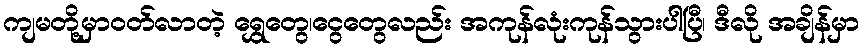
ကျမတို့မှာဝတ်လာတဲ့ ရွှေတွေ၊ငွေတွေလည်း အကုန်လုံးကုန်သွားပါပြီ၊ ဒီလို အချိန်မှာ